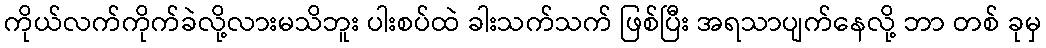
ကိုယ်လက်ကိုက်ခဲလို့လားမသိဘူး ပါးစပ်ထဲ ခါးသက်သက် ဖြစ်ပြီး အရသာပျက်နေလို့ ဘာ တစ် ခုမှ